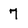
Character: 7